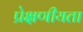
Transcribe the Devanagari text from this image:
प्रेक्षणीयता